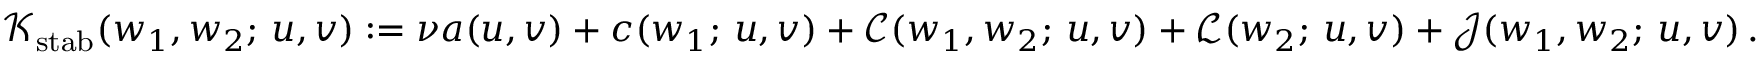
\mathcal { K } _ { \mathrm { s t a b } } ( \boldsymbol { w } _ { 1 } , \boldsymbol { w } _ { 2 } ; \, \boldsymbol { u } , \boldsymbol { v } ) : = \nu a ( \boldsymbol { u } , \boldsymbol { v } ) + c ( \boldsymbol { w } _ { 1 } ; \, \boldsymbol { u } , \boldsymbol { v } ) + \mathcal { C } ( \boldsymbol { w } _ { 1 } , \boldsymbol { w } _ { 2 } ; \, \boldsymbol { u } , \boldsymbol { v } ) + \mathcal { L } ( \boldsymbol { w } _ { 2 } ; \, \boldsymbol { u } , \boldsymbol { v } ) + \mathcal { J } ( \boldsymbol { w } _ { 1 } , \boldsymbol { w } _ { 2 } ; \, \boldsymbol { u } , \boldsymbol { v } ) \, .